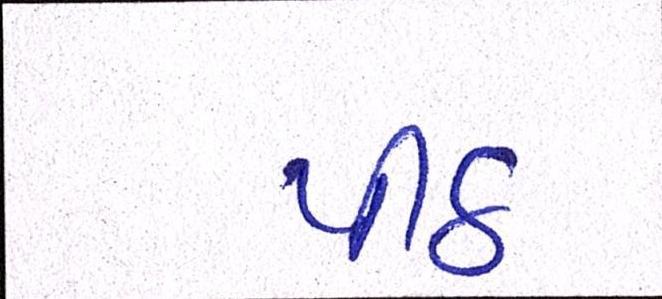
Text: પીઠ